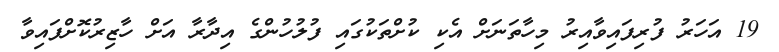
19 އަހަރު ފުރިފައިވާއިރު މިހާތަނަށް އެކި ކުށްތަކުގައި ފުލުހުންގެ އިދާރާ އަށް ހާޒިރުކޮށްފައިވާ